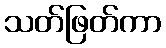
သတ်ဖြတ်ကာ